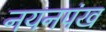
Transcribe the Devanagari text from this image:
नयनपंख